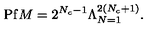
\mathrm { P f } M = 2 ^ { N _ { c } - 1 } \Lambda _ { N = 1 } ^ { 2 ( N _ { c } + 1 ) } .